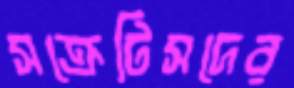
সক্রেটিসদের